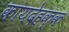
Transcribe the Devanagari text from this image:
कायदेहक्क